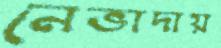
নেভাদায়